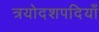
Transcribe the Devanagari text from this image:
त्रयोदशपदियाँ